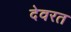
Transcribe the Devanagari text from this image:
देवरत